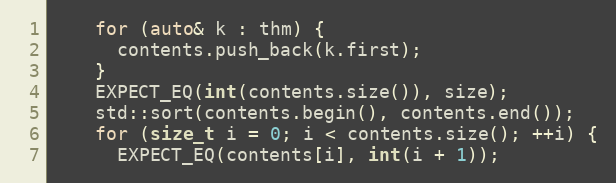
Language: C++
    for (auto& k : thm) {
      contents.push_back(k.first);
    }
    EXPECT_EQ(int(contents.size()), size);
    std::sort(contents.begin(), contents.end());
    for (size_t i = 0; i < contents.size(); ++i) {
      EXPECT_EQ(contents[i], int(i + 1));